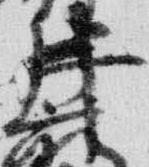
井